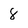
Character: 8